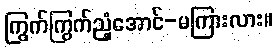
ကြွက်ကြွက်ညံ့အောင်-မကြားလား။